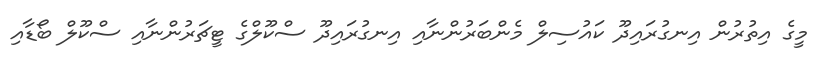
މީގެ އިތުރުން އިނގުރައިދޫ ކައުސިލް މެންބަރުންނާއި އިނގުރައިދޫ ސްކޫލްގެ ޓީޗަރުންނާއި ސްކޫލް ބޯޑާއި